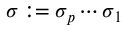
\sigma : = \sigma _ { p } \cdots \sigma _ { 1 }